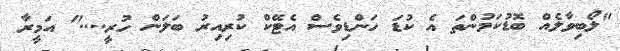
"ލޯބިވާލެއް ބޮޑުކަމުންތަ އެ ކުޑަ ހަންޑިވެސް އެޓޭކް ކުރިއިރު ބަލަން ހުރީ...." އަމީރާ